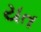
યત